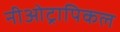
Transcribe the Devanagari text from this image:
नीओट्रापिकल